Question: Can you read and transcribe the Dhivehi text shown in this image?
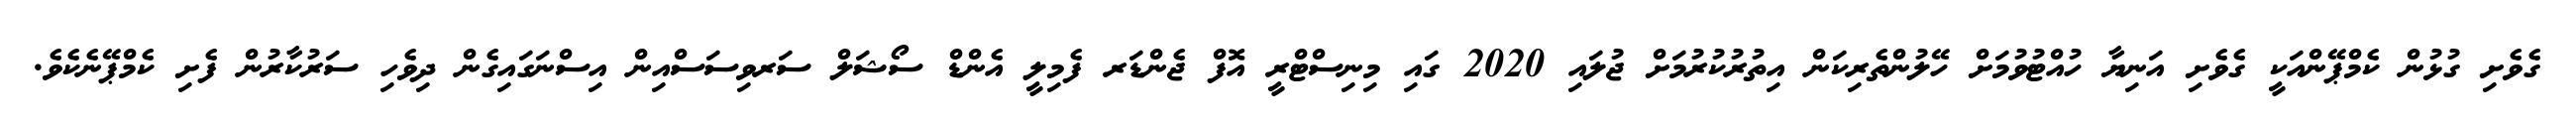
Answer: ގެވެށި ގުޅުން ކެމްޕޭންއަކީ ގެވެށި އަނިޔާ ހުއްޓުވުމަށް ހޭލުންތެރިކަން އިތުރުކުރުމަށް ޖުލައި 2020 ގައި މިނިސްޓްރީ އޮފް ޖެންޑަރ ފެމިލީ އެންޑް ސޯޝަލް ސަރވިސަސްއިން އިސްނަގައިގެން ދިވެހި ސަރުކާރުން ފެށި ކެމްޕޭނެކެވެ.